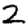
Digit: 2